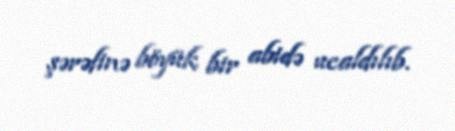
şərəfinə böyük bir abidə ucaldılıb.